Indian journal of veterinary science and animal husbandry - Volume 1,
Year: 1931
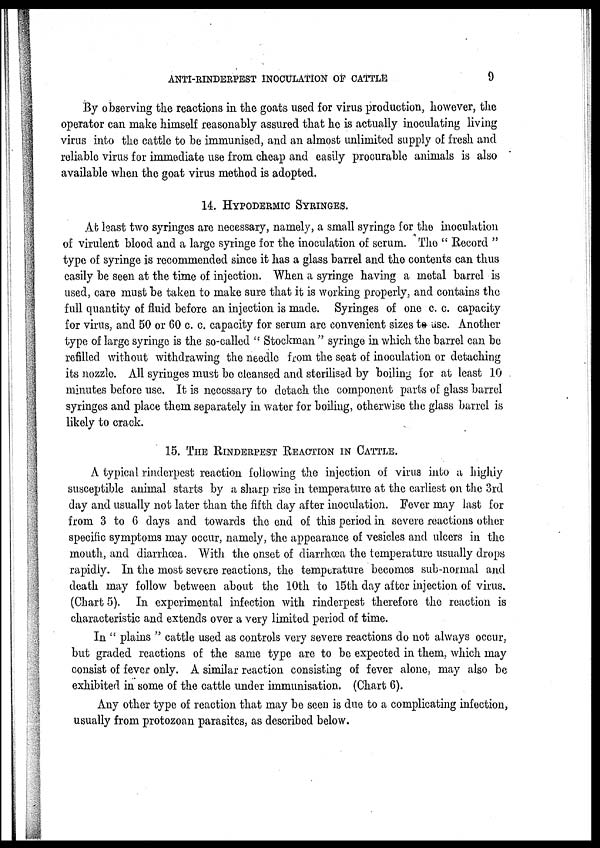
ANTI-RINDERPEST INOCULATION OF CATTLE
9
By observing the reactions in the goats used for virus production, however, the
operator can make himself reasonably assured that he is actually inoculating living
virus into the cattle to be immunised, and an almost unlimited supply of fresh and
reliable virus for immediate use from cheap and easily procurable animals is also
available when the goat virus method is adopted.
14. HYPODERMIC SYRINGES.
At least two syringes are necessary, namely, a small syringe for the inoculation
of virulent blood and a large syringe for the inoculation of serum. The " Record "
type of syringe is recommended since it has a glass barrel and the contents can thus
easily be seen at the time of injection. When a syringe having a metal barrel is
used, care must be taken to make sure that it is working properly, and contains the
full quantity of fluid before an injection is made. Syringes of one c. c. capacity
for virus, and 50 or 60 c. c. capacity for serum are convenient sizes to use. Another
type of large syringe is the so-called " Stockman " syringe in which the barrel can be
refilled without withdrawing the needle from the seat of inoculation or detaching
its nozzle. All syringes must be cleansed and sterilised by boiling for at least 10
minutes before use. It is necessary to detach the component parts of glass barrel
syringes and place them separately in water for boiling, otherwise the glass barrel is
likely to crack.
15. THE RINDERPEST REACTION IN CATTLE.
A typical rinderpest reaction following the injection of virus into a highly
susceptible animal starts by a sharp rise in temperature at the earliest on the 3rd
day and usually not later than the fifth day after inoculation. Fever may last for
from 3 to 6 days and towards the end of this period in severe reactions other
specific symptoms may occur, namely, the appearance of vesicles and ulcers in the
mouth, and diarrhœa. With the onset of diarrhœa the temperature usually drops
rapidly. In the most severe reactions, the temperature becomes sub-normal and
death may follow between about the 10th to 15th day after injection of virus.
(Chart 5). In experimental infection with rinderpest therefore the reaction is
characteristic and extends over a very limited period of time.
In " plains " cattle used as controls very severe reactions do not always occur,
but graded reactions of the same type are to be expected in them, which may
consist of fever only. A similar reaction consisting of fever alone, may also be
exhibited in some of the cattle under immunisation. (Chart 6).
Any other type of reaction that may be seen is due to a complicating infection,
usually from protozoan parasites, as described below.